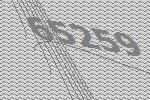
65259